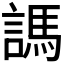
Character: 𧪨